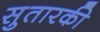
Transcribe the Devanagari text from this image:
सुतारकी